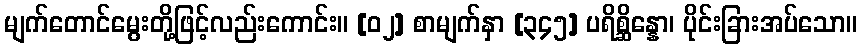
မျက်တောင်မွေးတို့ဖြင့်လည်းကောင်း။ [၀၂] စာမျက်နှာ [၃၄၅] ပရိစ္ဆိန္နော၊ ပိုင်းခြားအပ်သော။